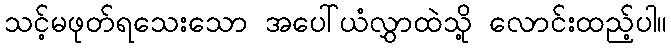
သင့်မဖုတ်ရသေးသော အပေါ်ယံလွှာထဲသို့ လောင်းထည့်ပါ။